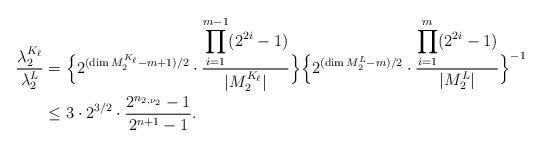
LaTeX: \begin{align*} \frac{\lambda_2^{K_{\ell}}}{\lambda_2^L}&=\Bigl\{2^{(\dim M_2^{K_{\ell}}-m+1)/2}\cdot\frac{\displaystyle{\prod_{i=1}^{m-1}}(2^{2i}-1)}{|M_2^{K_{\ell}}|}\Bigr\}\Bigl\{2^{(\dim M_2^L-m)/2}\cdot\frac{\displaystyle{\prod_{i=1}^{m}}(2^{2i}-1)}{|M_2^L|}\Bigr\}^{-1}\\ &\leq 3\cdot2^{3/2}\cdot \frac{2^{n_{2,\nu_2}}-1}{2^{n+1}-1}.\end{align*}